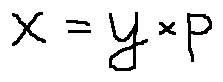
x = y \times p